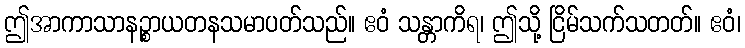
ဤအာကာသာနဉ္စာယတနသမာပတ်သည်။ ဧဝံ သန္တာကိရ၊ ဤသို့ ငြိမ်သက်သတတ်။ ဧဝံ၊